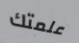
علمتك